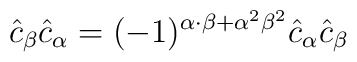
\hat{c}_{\beta}\hat{c}_{\alpha} = (-1)^{\alpha\cdot\beta + {\alpha}^2{\beta}^2}                                   \hat{c}_{\alpha}\hat{c}_{\beta}